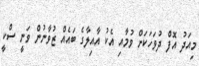
މިއަދު އޮފް ދުވަހަކަށް ވުމާއި އެކު އާއިލާގެ ބައެއް ޒުވާނުން ވަނީ ސްކީ